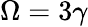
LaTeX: \Omega=3\gamma